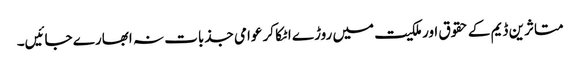
متاثرین ڈیم کے حقوق اور ملکیت میں روڑے اٹکا کر عوامی جذبات نہ ابھارے جائیں۔